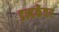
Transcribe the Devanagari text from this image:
इन्द्रकँवर